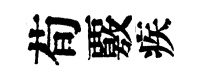
荀覈疾